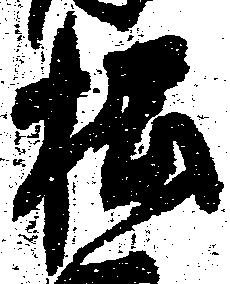
松